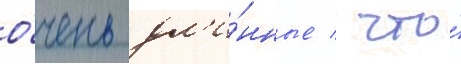
о́чень дл'и́нные / что́